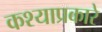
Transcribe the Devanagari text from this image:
कश्याप्रकारे